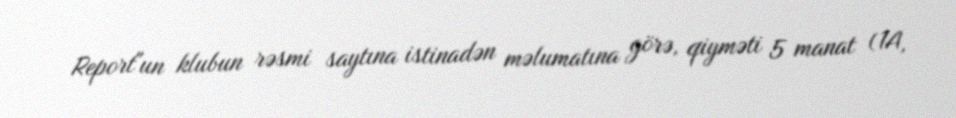
Report"un klubun rəsmi saytına istinadən məlumatına görə, qiyməti 5 manat (1A,